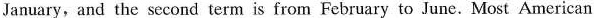
January, and the second term is from February to June.Most American